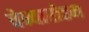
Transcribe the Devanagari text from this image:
वेन्वारोहम